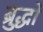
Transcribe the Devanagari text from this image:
ब्रुद्धो